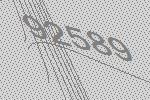
92589